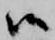
候